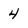
Character: 4